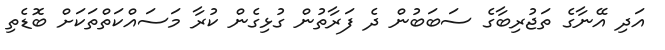
އަދި އޭނާގެ ތަޖުރިބާގެ ސަބަބުން ދެ ފަރާތުން ގުޅިގެން ކުރާ މަސައްކަތްތަކަށް ބޮޑެތި